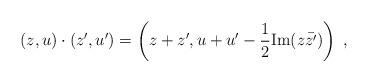
LaTeX: \begin{align*} (z,u)\cdot(z',u')=\left(z+z',u+u'-\frac12\mathrm{Im}(z\bar{z'})\right)\;,\end{align*}